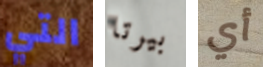
التي بيرتا أي